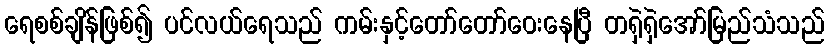
ရေစစ်ချိန်ဖြစ်၍ ပင်လယ်ရေသည် ကမ်းနှင့်တော်တော်ဝေးနေပြီ တရှဲရှဲအော်မြည်သံသည်